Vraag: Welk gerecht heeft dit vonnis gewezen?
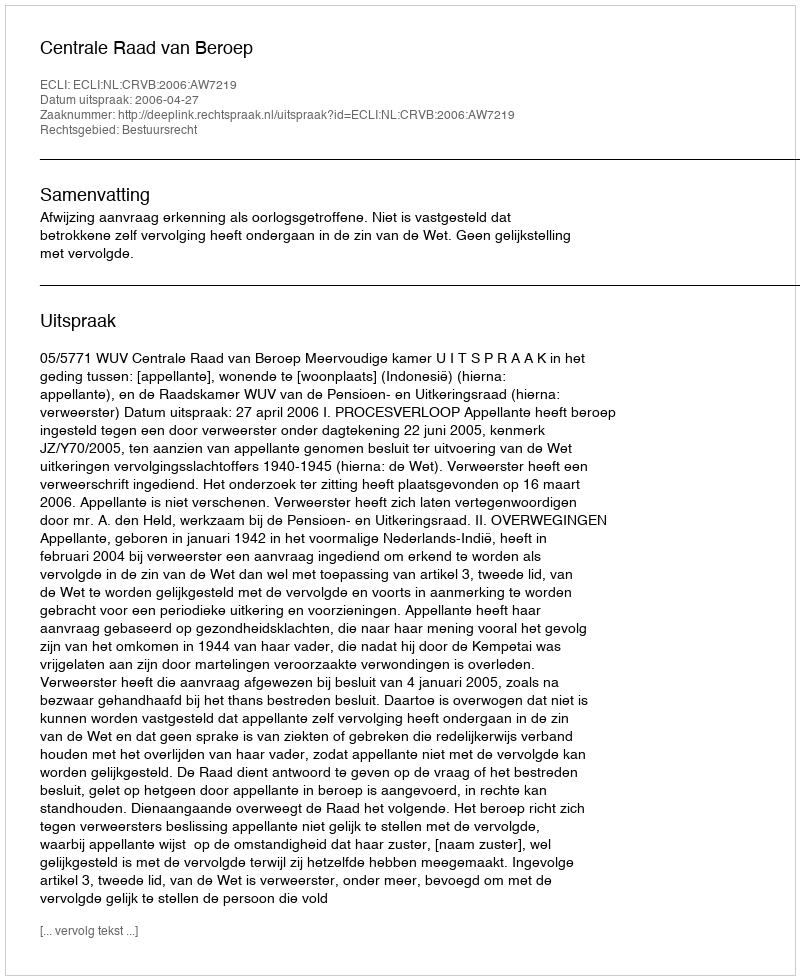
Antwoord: Centrale Raad van Beroep